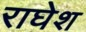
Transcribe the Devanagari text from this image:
राघेश